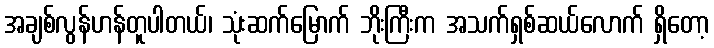
အချစ်လွန်ဟန်တူပါတယ်၊ သုံးဆက်မြောက် ဘိုးကြီးက အသက်ရှစ်ဆယ်လောက် ရှိတော့